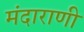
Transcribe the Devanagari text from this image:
मंदाराणी